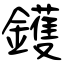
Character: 鑊